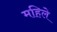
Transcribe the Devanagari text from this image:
महिले